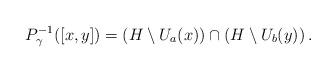
LaTeX: \begin{align*} P_\gamma^{-1} ([x,y]) = \left(H\setminus U_a(x) \right) \cap \left( H\setminus U_b(y) \right). \end{align*}